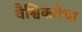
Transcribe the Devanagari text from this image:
वैश्विकतेचा